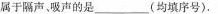
属于隔声，吸声的是___(均填序号)。